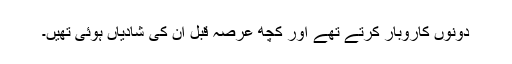
دونوں کاروبار کرتے تھے اور کچھ عرصہ قبل ان کی شادیاں ہوئی تھیں۔